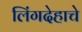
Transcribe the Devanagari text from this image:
लिंगदेहाचे